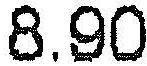
8.90